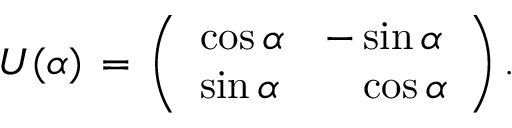
U ( \alpha ) \, = \, \left( \begin{array} { l l } { { \cos { \alpha } } } & { { - \sin { \alpha } } } \\ { { \sin { \alpha } } } & { { \phantom { - } \cos { \alpha } } } \end{array} \right) .